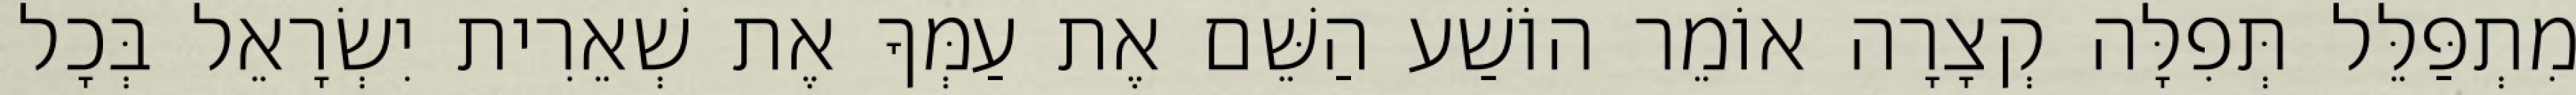
מִתְפַּלֵּל תְּפִלָּה קְצָרָה אוֹמֵר הוֹשַׁע הַשֵּׁם אֶת עַמְּךָ אֶת שְׁאֵרִית יִשְׂרָאֵל בְּכָל